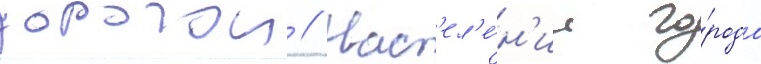
дорогои // Нас'ел'е́н'ие го́рода